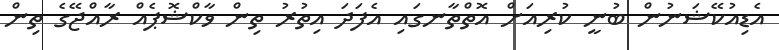
އެޑިއުކޭޝަނުން ބުނީ ކުރިއަށް އޮތްތާނގައި އެފަދަ އިތުރު ތިން ވާކްޝޮޕެއް ރާއްޖޭގެ ތިން